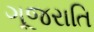
ગૂજરાતિ